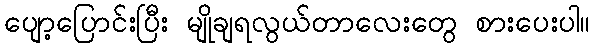
ပျော့ပြောင်းပြီး မျိုချရလွယ်တာလေးတွေ စားပေးပါ။